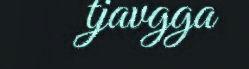
tjavgga